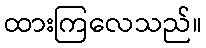
ထားကြလေသည်။